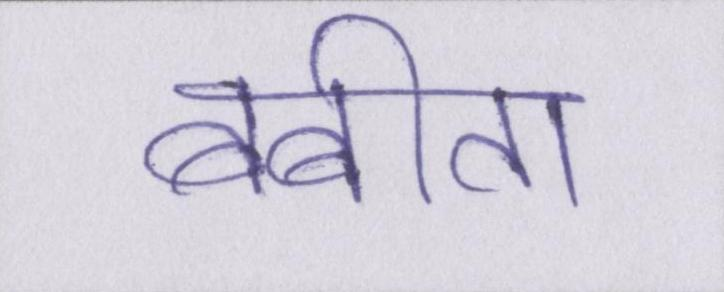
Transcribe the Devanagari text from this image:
बबीता